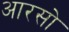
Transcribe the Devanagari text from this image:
आरसो